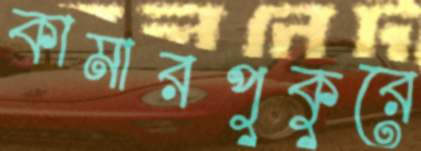
কামারপুকুরে